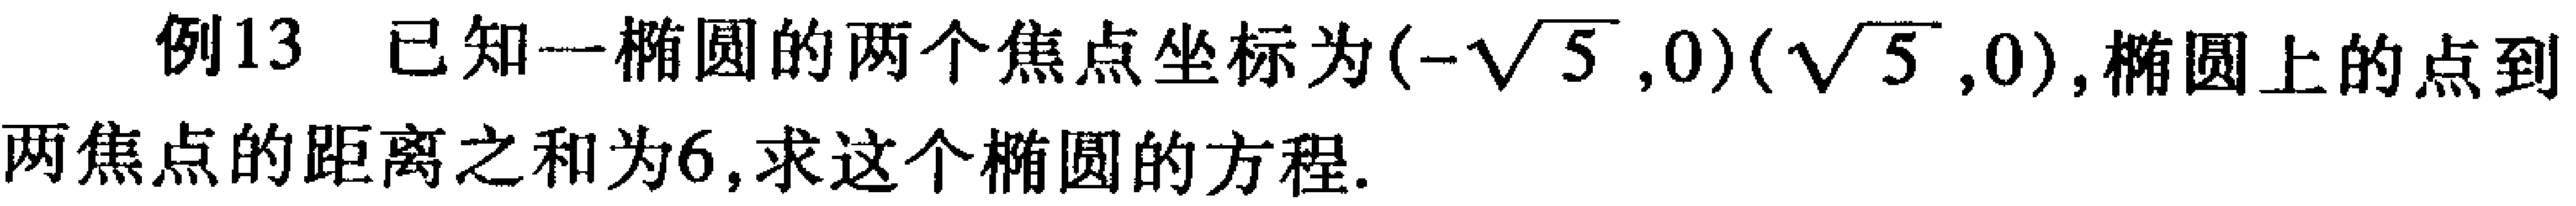
例13 已知一椭圆的两个焦点坐标为\((-\sqrt{5},0)(\sqrt{5},0)\),椭圆上的点到两焦点的距离之和为6,求这个椭圆的方程.